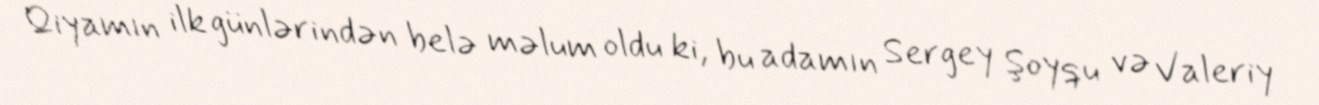
Qiyamın ilk günlərindən belə məlum oldu ki, bu adamın Sergey Şoyqu və Valeriy